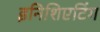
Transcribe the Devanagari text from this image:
इनिशिएटिंग